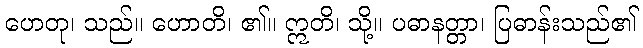
ဟေတု၊ သည်။ ဟောတိ၊ ၏။ ဣတိ၊ သို့။ ပဓာနတ္တာ၊ ပြဓာန်းသည်၏